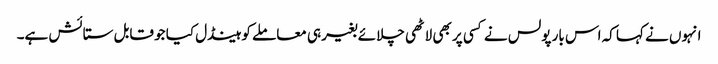
انہوں نے کہا کہ اس بار پولس نے کسی پر بھی لاٹھی چلائے بغیر ہی معاملے کو ہینڈل کیا جو قابل ستائش ہے۔